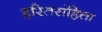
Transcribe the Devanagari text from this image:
हरितसंहिता